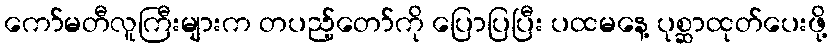
ကော်မတီလူကြီးများက တပည့်တော်ကို ပြောပြပြီး ပထမနေ့ ပုစ္ဆာထုတ်ပေးဖို့